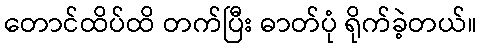
တောင်ထိပ်ထိ တက်ပြီး ဓာတ်ပုံ ရိုက်ခဲ့တယ်။